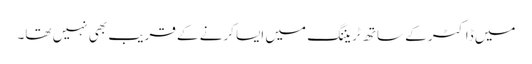
میں ڈاکٹر کے ساتھ ٹریننگ میں ایسا کرنے کے قریب بھی نہیں تھا۔